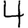
Digit: 4